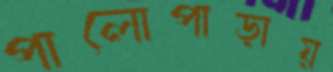
পালোপাড়ায়